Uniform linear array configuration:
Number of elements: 48
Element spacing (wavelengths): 0.25
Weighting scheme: hann
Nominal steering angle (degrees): -45
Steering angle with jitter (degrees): -43.439
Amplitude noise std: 0.05
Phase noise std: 0.05

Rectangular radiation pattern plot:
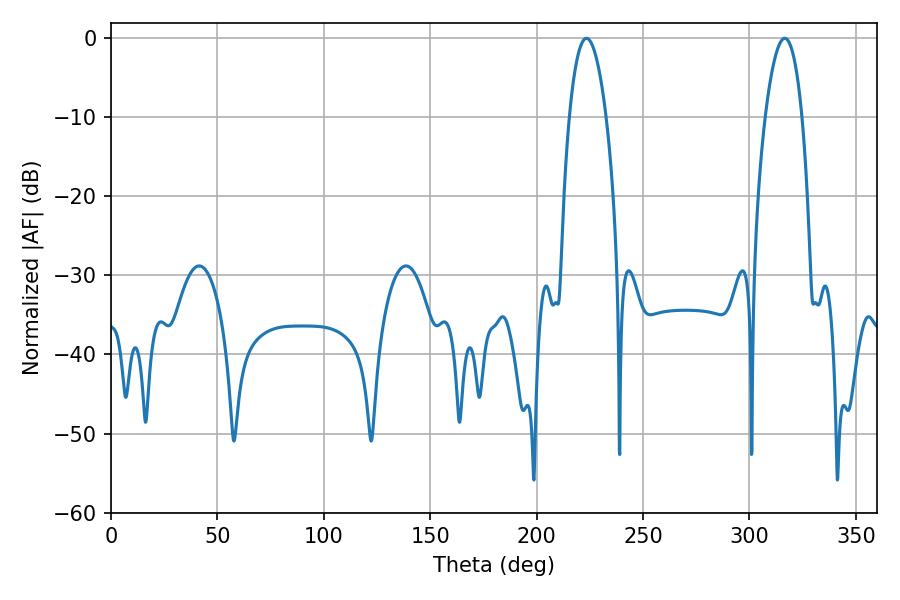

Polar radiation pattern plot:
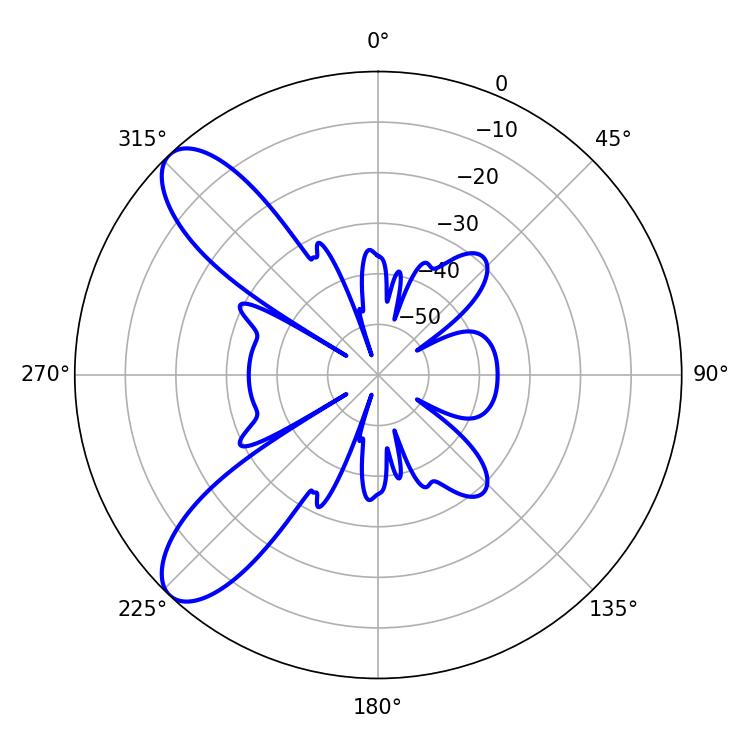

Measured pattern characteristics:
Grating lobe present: FALSE
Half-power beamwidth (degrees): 9.54
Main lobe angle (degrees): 223.38